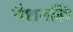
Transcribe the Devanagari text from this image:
नैशनलि